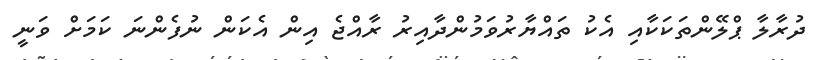
ދުރާލާ ޕްލޭންތަކަކާއި އެކު ތައްޔާރުވަމުންދާއިރު ރާއްޖެ އިން އެކަން ނުފެންނަ ކަމަށް ވަނީ